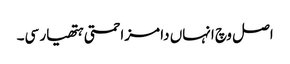
اصل وچ انہاں دا مزاحمتی ہتھیار سی۔